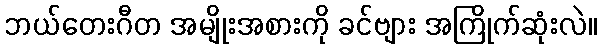
ဘယ်တေးဂီတ အမျိုးအစားကို ခင်ဗျား အကြိုက်ဆုံးလဲ။